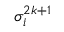
\sigma _ { i } ^ { 2 k + 1 }